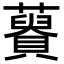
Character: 𧂟